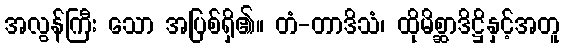
အလွန်ကြီး သော အပြစ်ရှိ၏။ တံ-တာဒိသံ၊ ထိုမိစ္ဆာဒိဋ္ဌိနှင့်အတူ